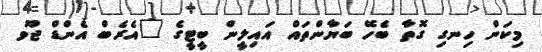
މިކަން ހިނގި ގޮތާ ބެހޭ ބަޔާންތައް އައިލީން ބީޓީގެ "އެރެބް އެންޑް ޖޫވ